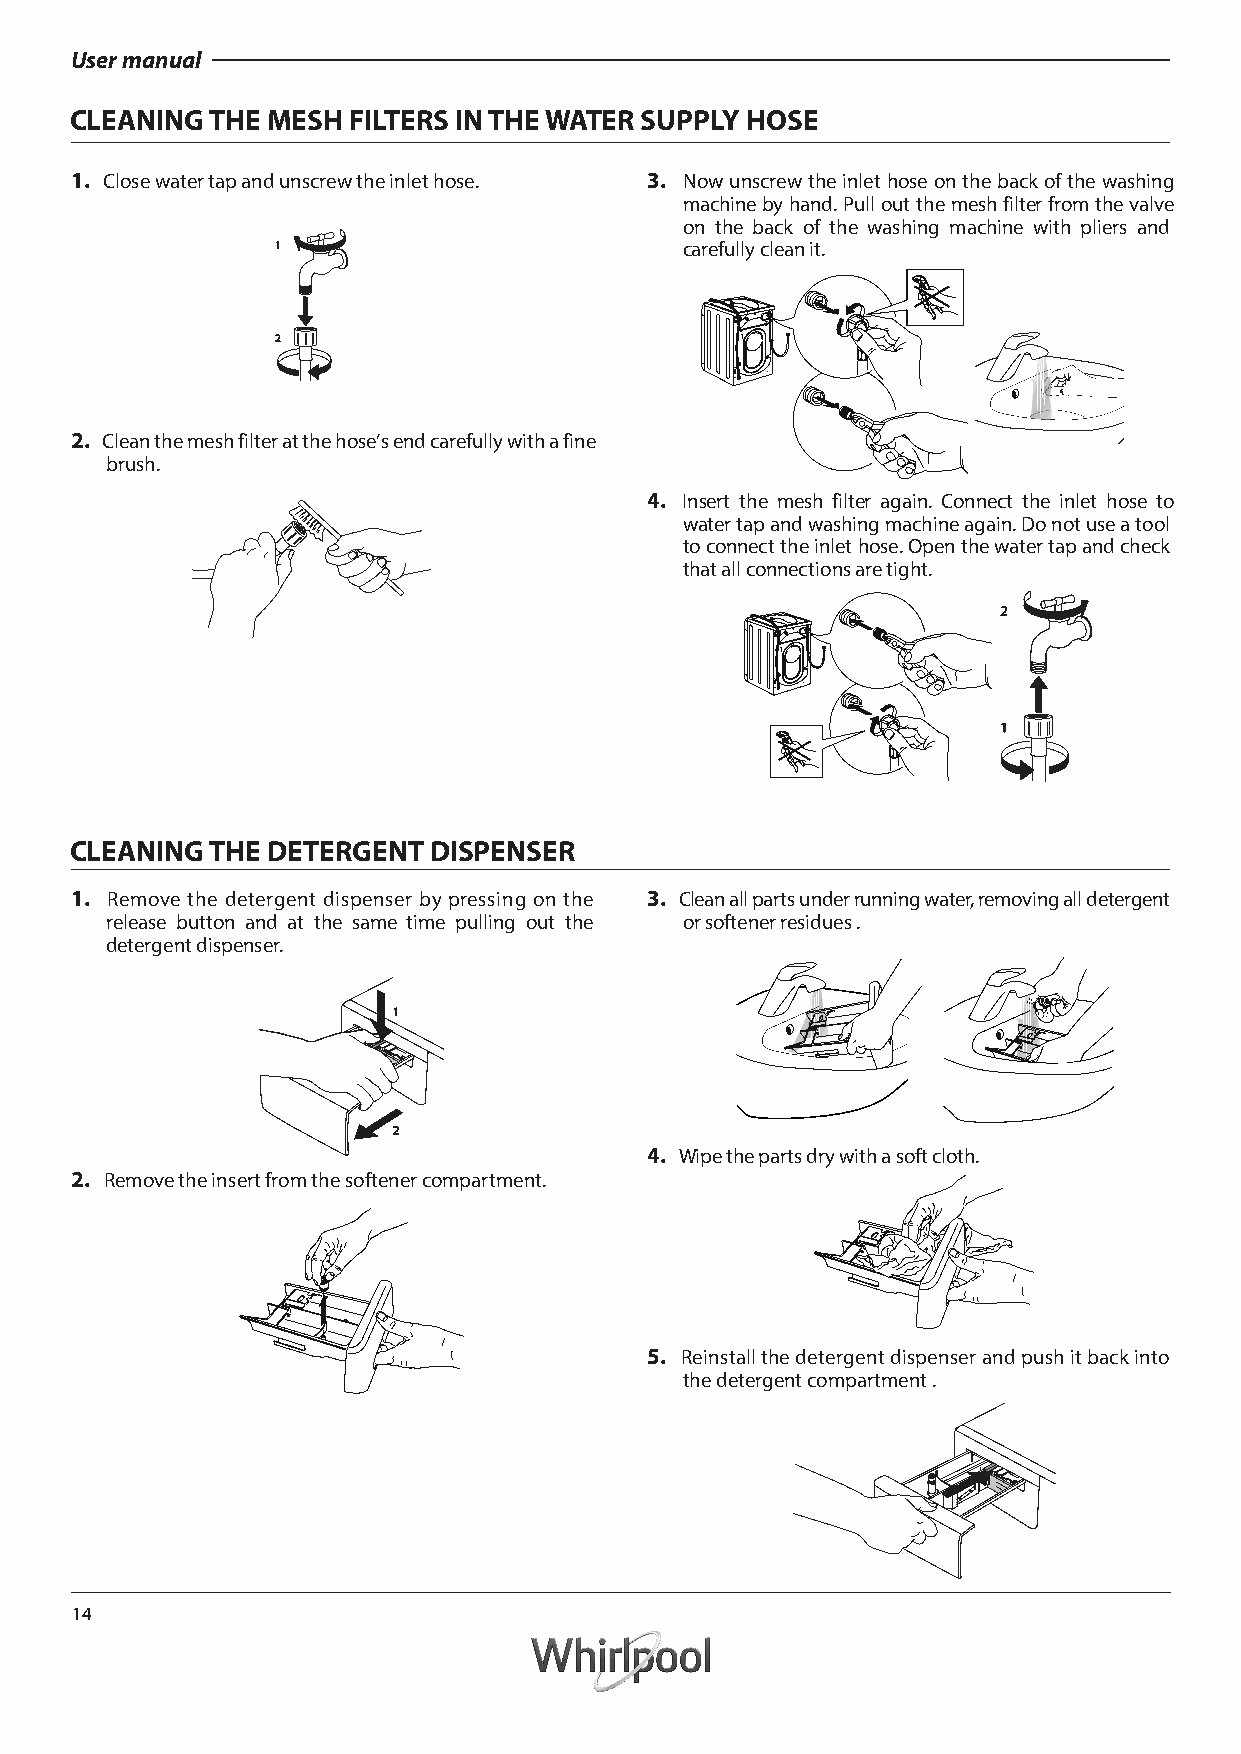
User manual
 CLEANING THE MESH FILTERS IN THE WATER SUPPLY HOSE
 1. Close water tap and unscrew the inlet hose. 3. Now unscrew the inlet hose on the back of the washing
 machine by hand. Pull out the mesh filter from the valve
 on the back of the washing machine with pliers and
 carefully clean it.
 2. Clean the mesh filter at the hose’s end carefully with a fine
 brush.
 4. Insert the mesh filter again. Connect the inlet hose to
 water tap and washing machine again. Do not use a tool
 to connect the inlet hose. Open the water tap and check
 that all connections are tight.
 CLEANING THE DETERGENT DISPENSER
 1. Remove the detergent dispenser by pressing on the 3. Clean all parts under running water, removing all detergent
 release button and at the same time pulling out the or softener residues .
 detergent dispenser.
 4. Wipe the parts dry with a soft cloth.
 2. Remove the insert from the softener compartment.
 5. Reinstall the detergent dispenser and push it back into
 the detergent compartment .
 14